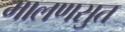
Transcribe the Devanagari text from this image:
मालणसुत